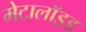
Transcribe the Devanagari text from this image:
मेटालॉइड